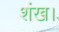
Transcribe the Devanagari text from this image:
शंख।